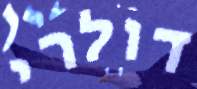
דולרי